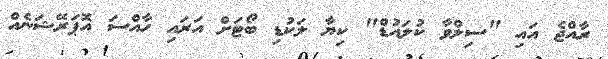
ރާއްޖެ އައި "ސިލްވާ ކުލައުޑް" ކިޔާ ލަކުޑި ބޯޓަށް އަރައި ހާއްސަ އޮޕަރޭޝަނެއް